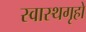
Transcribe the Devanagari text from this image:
स्वास्थगृहों